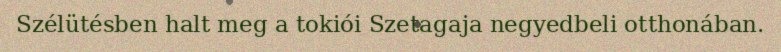
Szélütésben halt meg a tokiói Szetagaja negyedbeli otthonában.